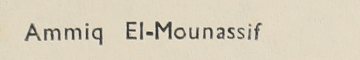
Ammiq El-Mounassif